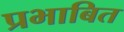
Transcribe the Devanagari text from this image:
प्रभाबित